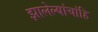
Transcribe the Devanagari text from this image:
झालेल्यांचांहि